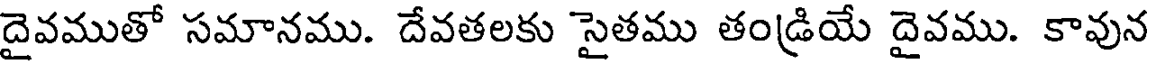
దైవముతో సమానము. దేవతలకు సైతము తండ్రియే దైవము. కావున